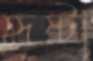
হৃষ্টা